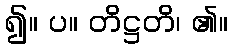
၍။ ပ။ တိဋ္ဌတိ၊ ၏။